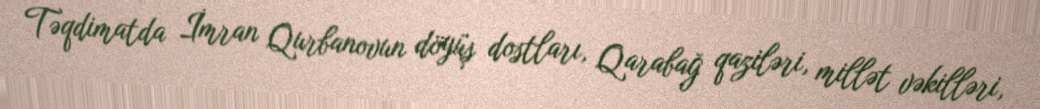
Təqdimatda İmran Qurbanovun döyüş dostları, Qarabağ qaziləri, millət vəkilləri,